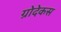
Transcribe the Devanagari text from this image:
ग्रोदेकस